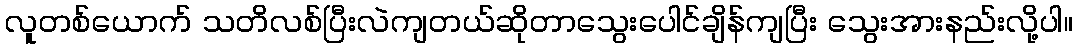
လူတစ်ယောက် သတိလစ်ပြီးလဲကျတယ်ဆိုတာသွေးပေါင်ချိန်ကျပြီး သွေးအားနည်းလို့ပါ။